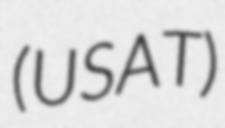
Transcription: (USAT)